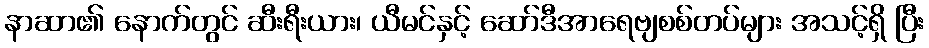
နာဆာ၏ နောက်တွင် ဆီးရီးယား၊ ယီမင်နှင့် ဆော်ဒီအာရေဗျစစ်တပ်များ အသင့်ရှိ ပြီး